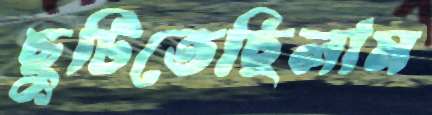
ছুটিতেছিলাম